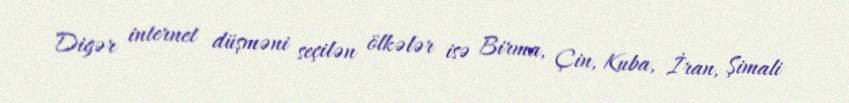
Digər internet düşməni seçilən ölkələr isə Birma, Çin, Kuba, İran, Şimali